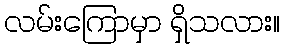
လမ်းကြောမှာ ရှိသလား။